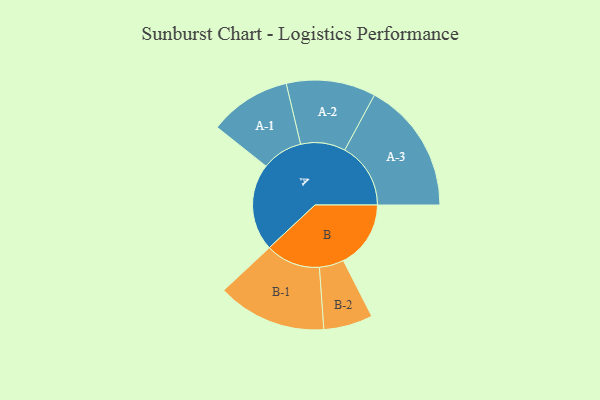
{"axis": {"x": "Segment", "y": "Value"}, "legend": ["", "A", "B"], "data": [{"x": "A", "y": 369, "type": ""}, {"x": "B", "y": 285, "type": ""}, {"x": "A-1", "y": 173, "type": "A"}, {"x": "A-2", "y": 189, "type": "A"}, {"x": "A-3", "y": 279, "type": "A"}, {"x": "B-1", "y": 231, "type": "B"}, {"x": "B-2", "y": 104, "type": "B"}]}